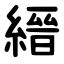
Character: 縉